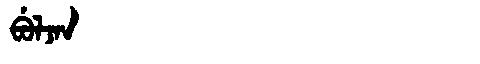
Manchu: ᠪᡠᠯᠵᠠᠨ
Romanization: BULJAN